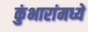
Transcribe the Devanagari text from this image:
कुंभारांमध्ये